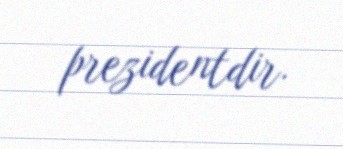
prezidentdir.